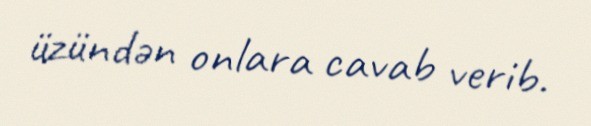
üzündən onlara cavab verib.